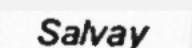
Salvay